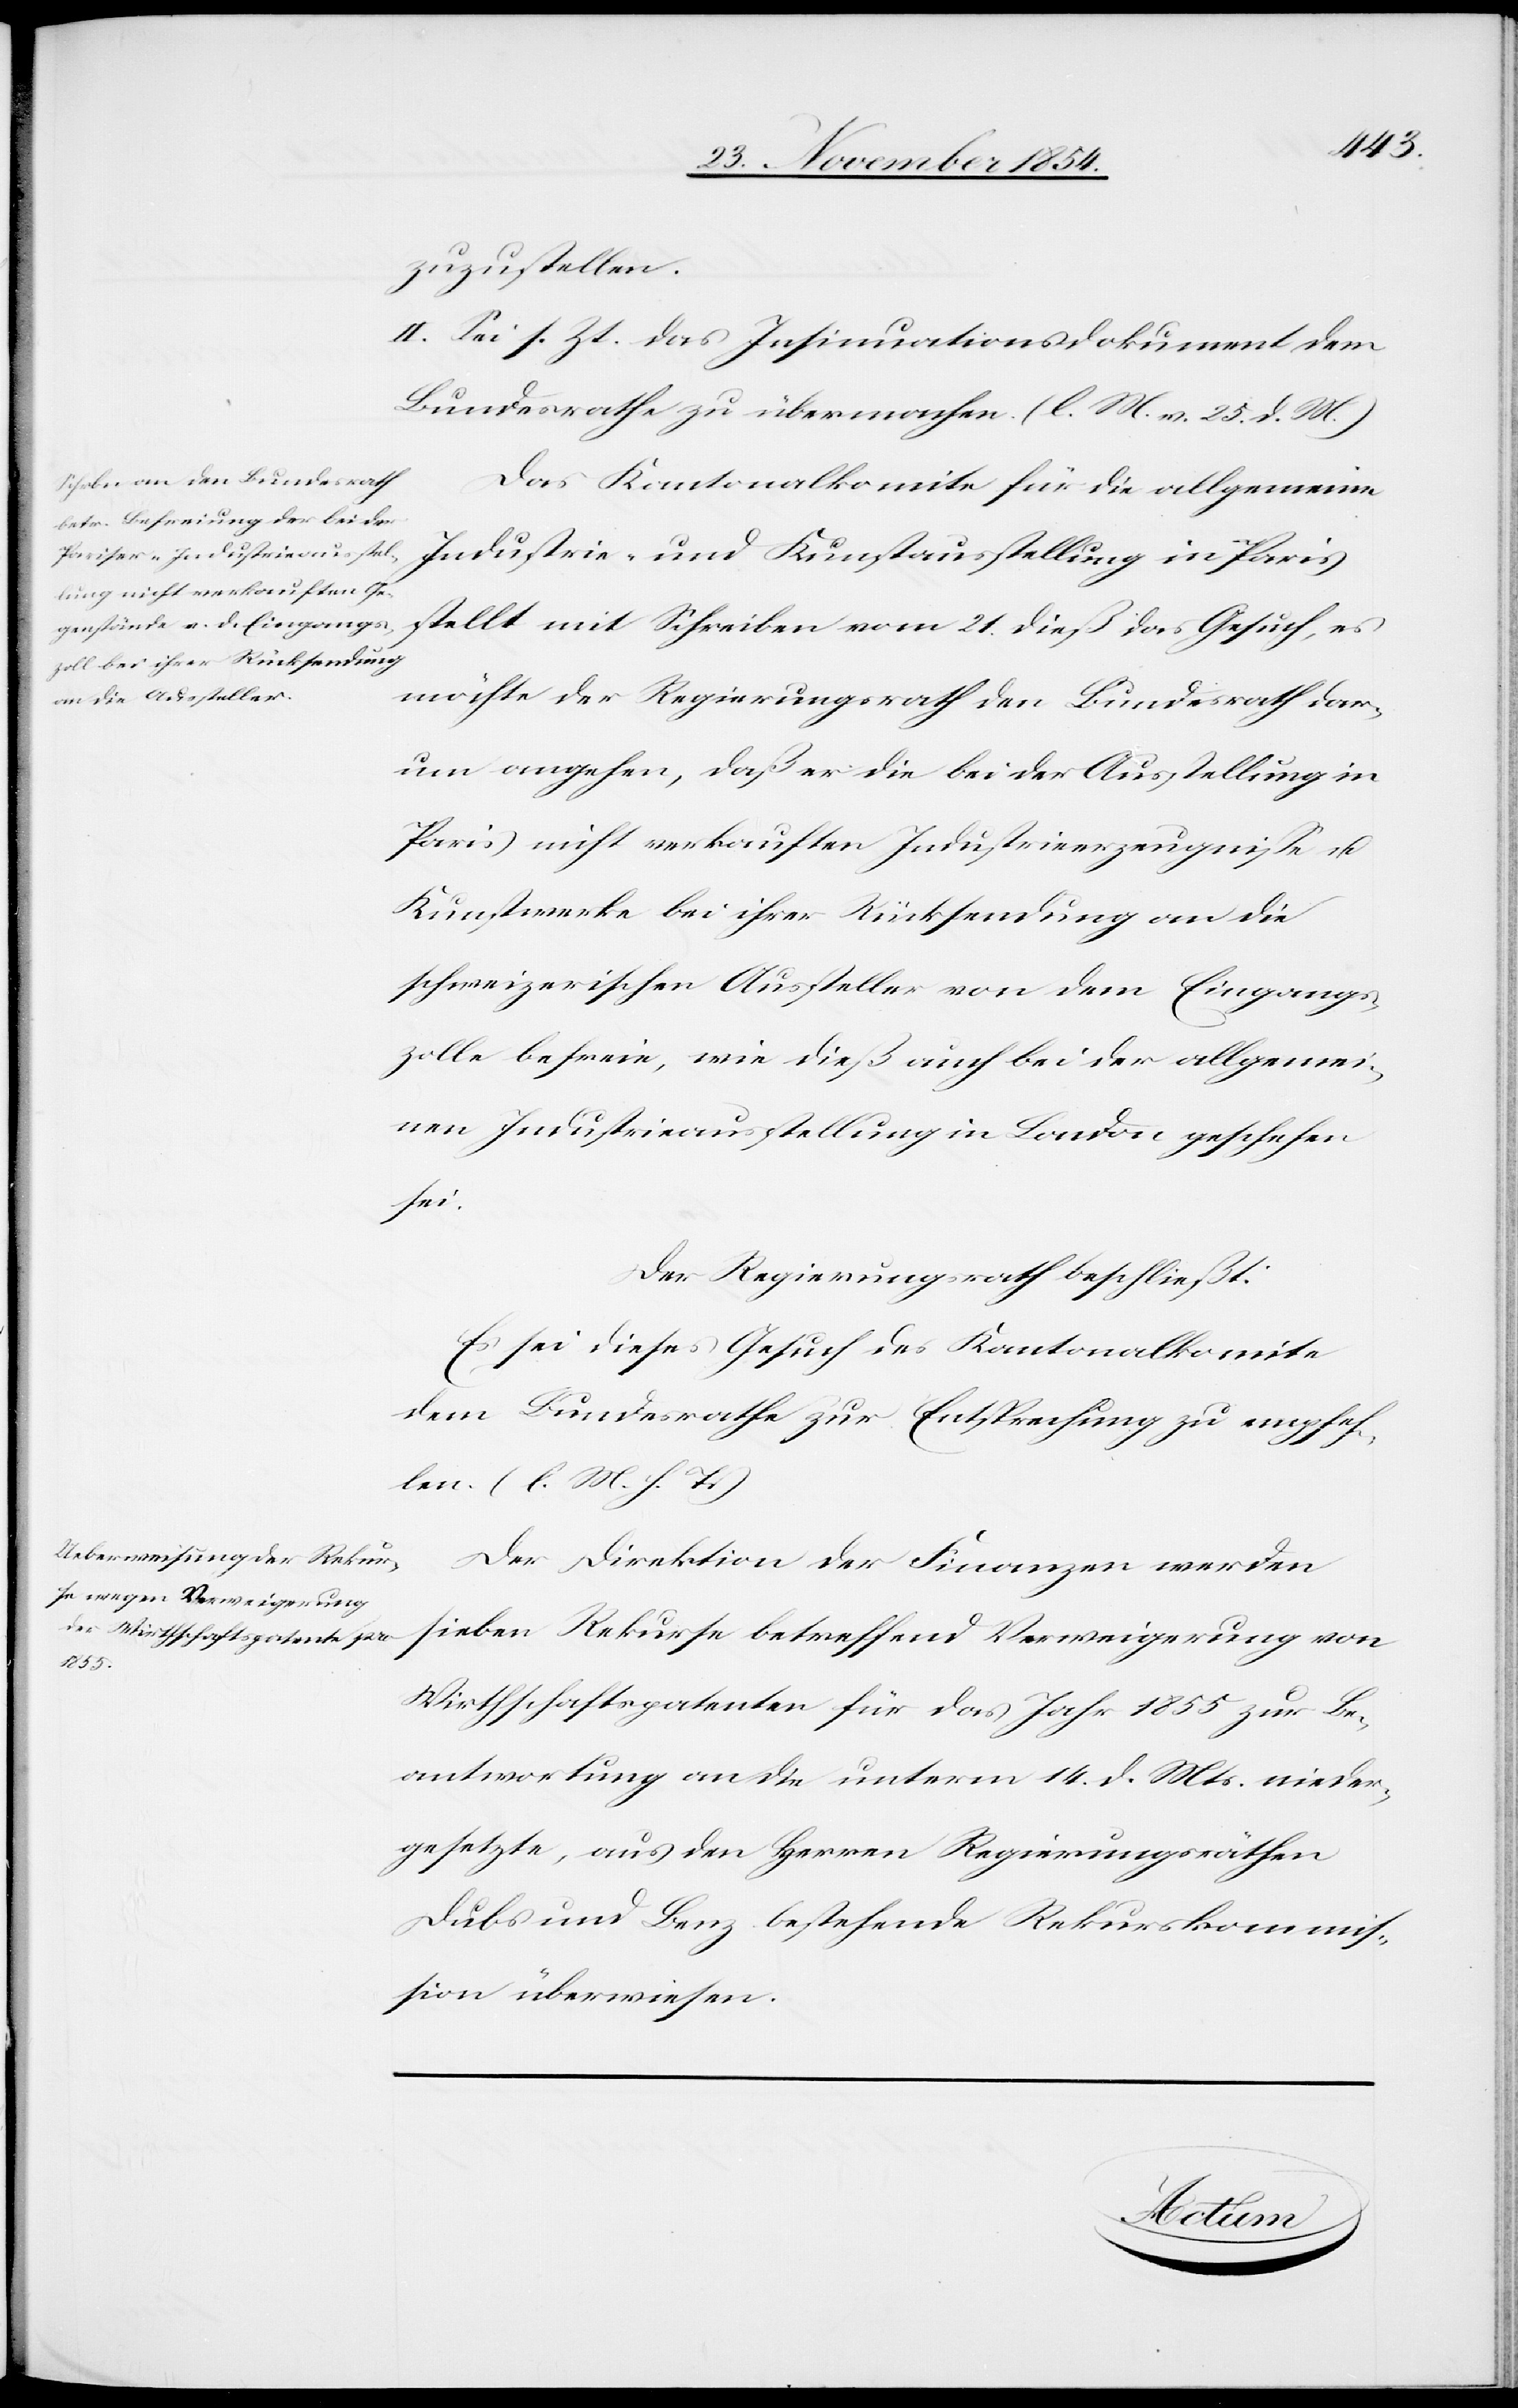
zuzustellen.
II. Sei s. Zt. das Insinuationsschreiben dem
Bundesrathe zu übermachen. (l. M. v. 25. d. M.)
Das Kantonalkomite für die allgemeine
Industrie- und Kunstausstellung in Paris
stellt mit Schreiben vom 21. dieß das Gesuch, es
möchte der Regierungsrath den Bundesrath dar¬
um angehen, daß er die bei der Ausstellung in
Paris nicht verkauften Industriezeugniße u.
Kunstwerke bei ihrer Rücksendung an die
schweizerischen Aussteller von dem Eingangs¬
zolle befreie, wie dieß auch bei der allgemei¬
nen Industrieausstellung in London geschehen
sei.
Der Regierungsrath beschließt:
Es sei dieses Gesuch des Kantonalkomite
dem Bundesrathe zur Entsprechung zu empfeh¬
len. (l. M. h. T.)
Der Direktion der Finanzen werden
sieben Rekurse betreffend Verweigerung von
Wirthschaftspatenten für das Jahr 1855 zur Be¬
antwortung an die unterm 14. d. Mts. nieder¬
gesetzte, aus den Herren Regierungsräthen
Dubs und Benz bestehende Rekurskommiß¬
ion überwiesen.